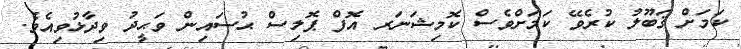
ކަމަށް ޤަބޫލު ކުރެވޭ ކަމަށްވެސް ކޮމިޝަނަރ އޮފް ޕޮލިސް ޙުސައިން ވަޙީދު ވިދާޅުވިއެވެ.